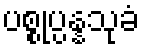
ပစ္စုပ္ပန္နသုခံ